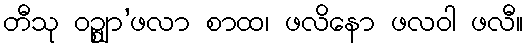
တီသု ဝဉ္စျာ’ဖလာ စာထ၊ ဖလိနော ဖလဝါ ဖလီ။